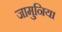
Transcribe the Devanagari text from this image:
जामुनिया